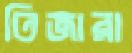
তিজারা